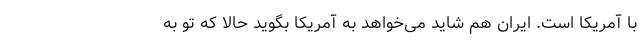
با آمریکا است. ایران هم شاید می‌خواهد به آمریکا بگوید حالا که تو به